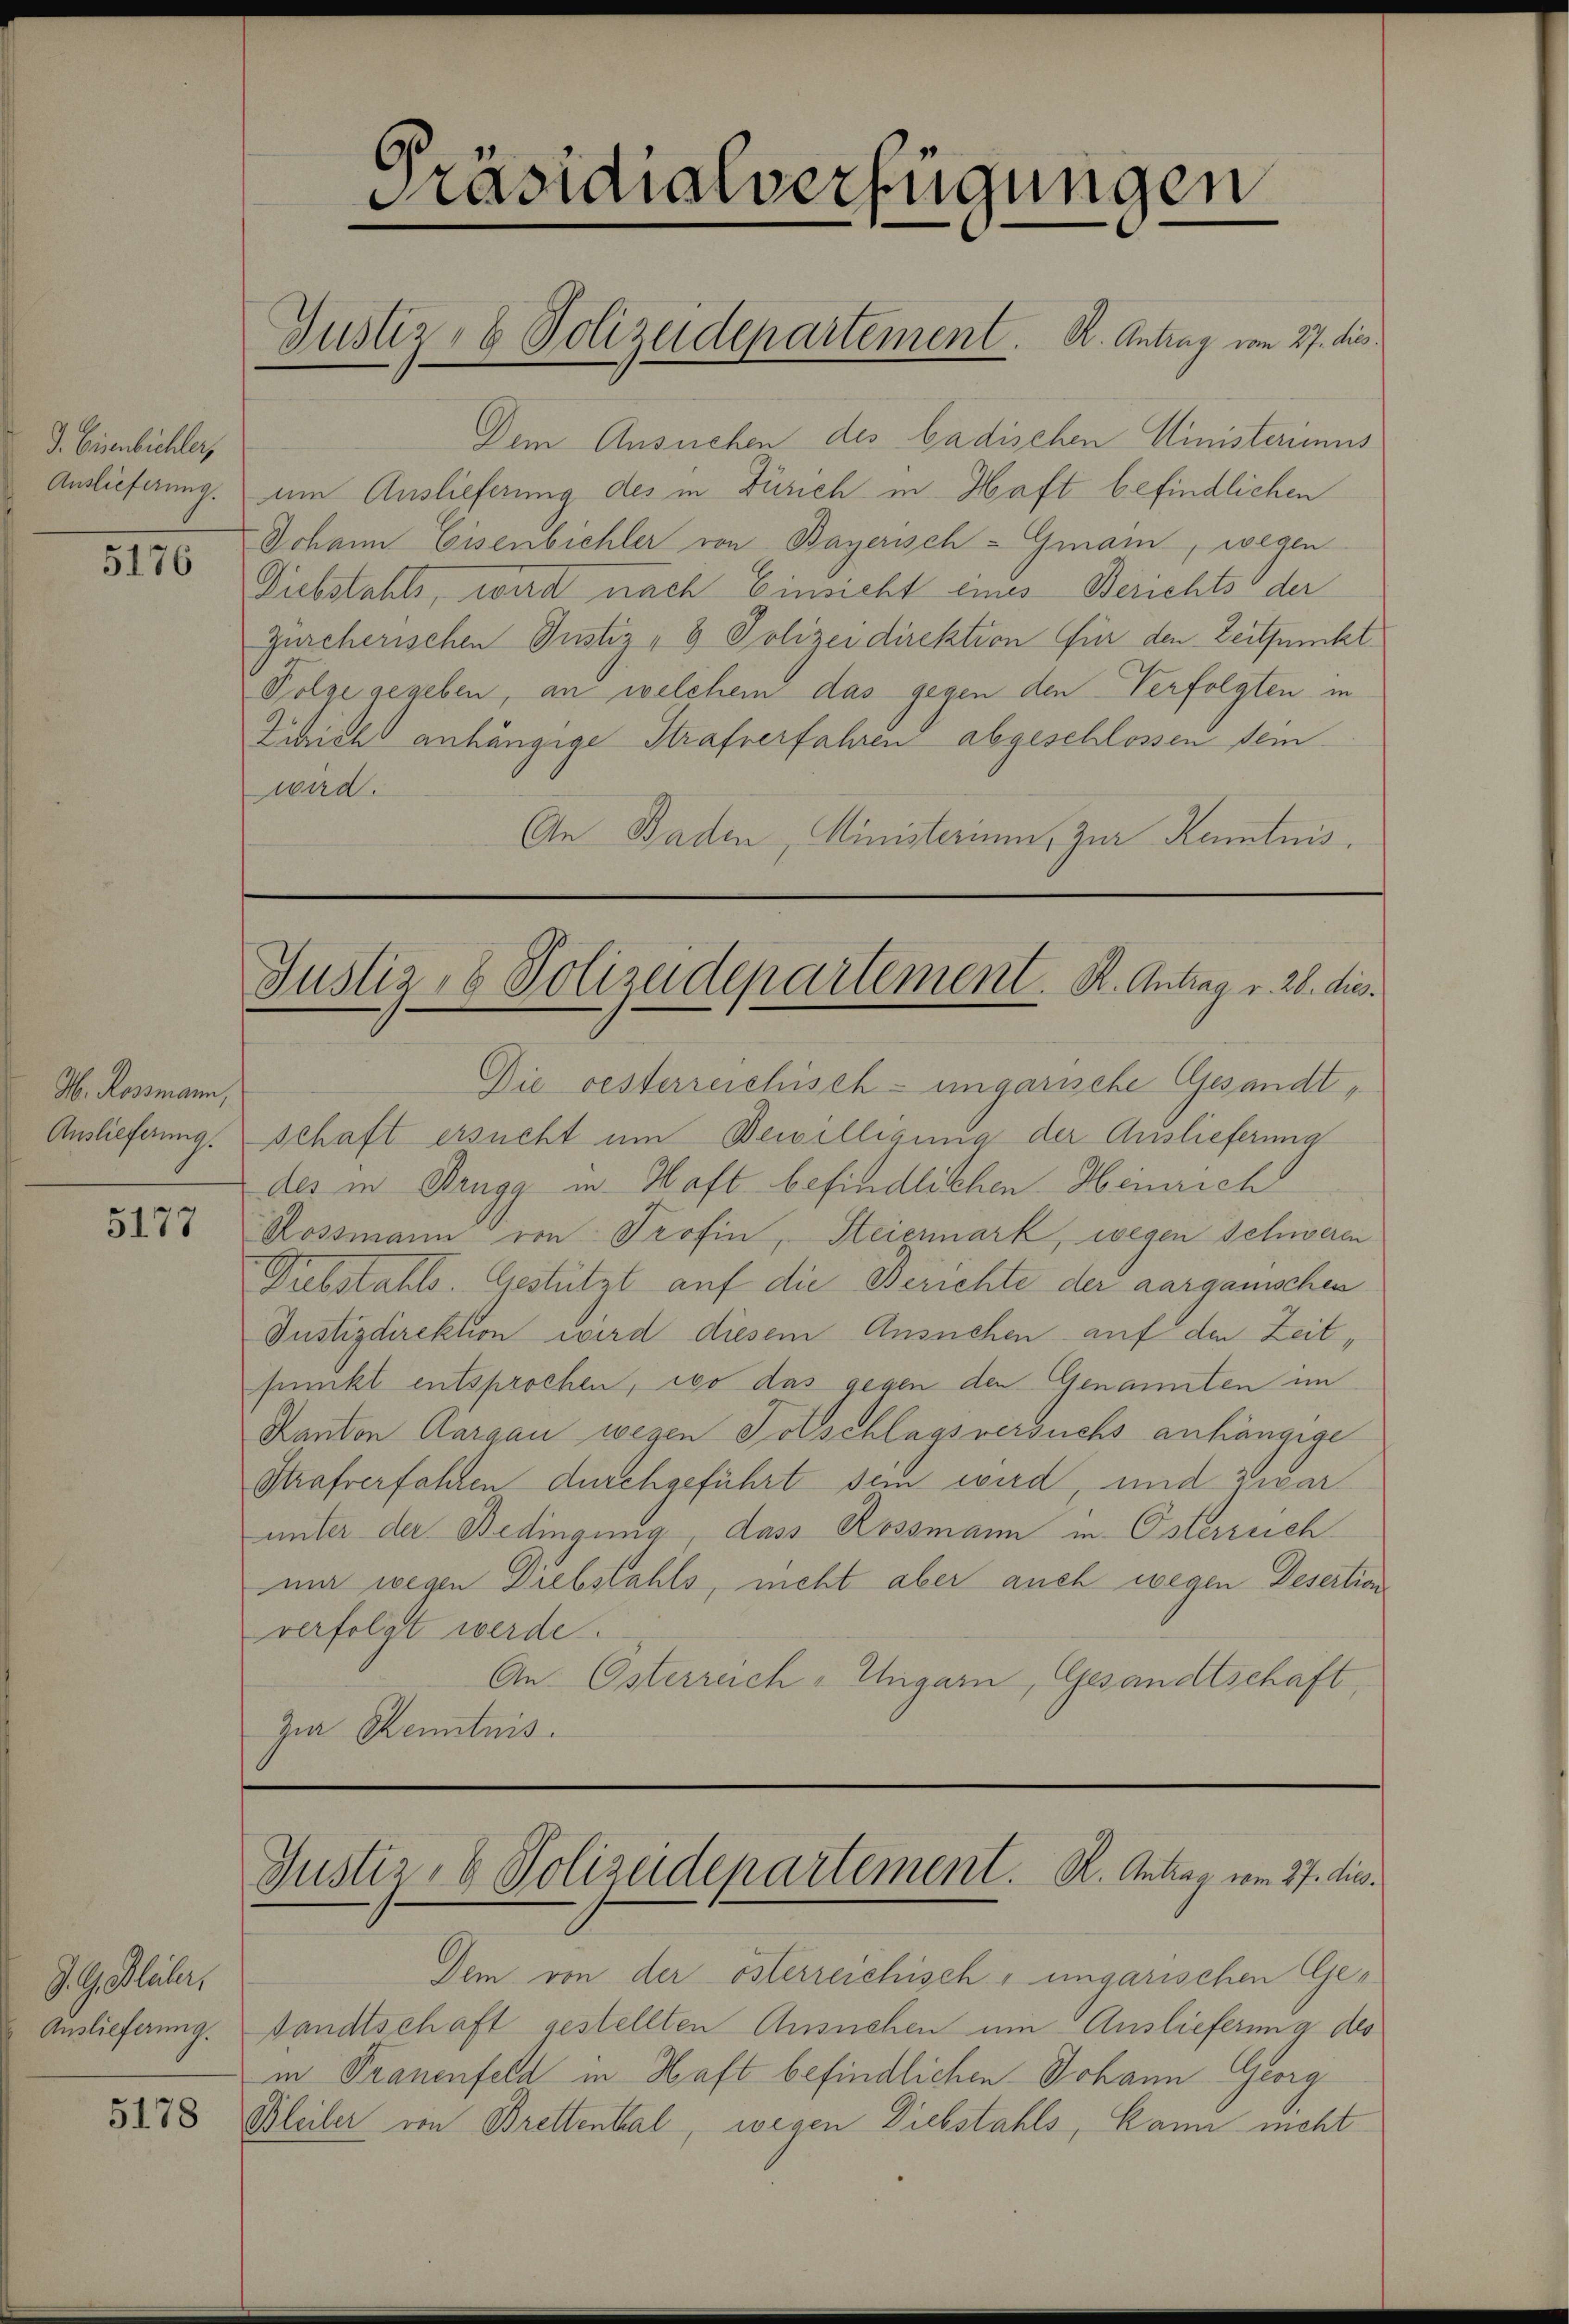
J. Eisenbichler,
Auslieferung.

5176

H. Rossmann,

5177

J. G. Blüter,
Auslieferung.

Präsidialverfügungen
Justiz- & Polizeidepartement. K. Antrag vom 27. dies

Dem Ansuchen des badischen Ministerimus
um Auslieferung des in Zürich in Haft befindlichen
Johann Eisenbichler von Bayerisch-Grain, wegen
Diebstahls, wird nach Einsicht eines Berichts der
Zürcherischen Justiz- & Polizeidirektion für den Zeitpunkt
Folge gegeben, an welchem das gegen den Verfolgten in
Zihrich anhängige Strafverfahren abgeschlossen sein.
wird.
An Baden, Ministerium, zur Kenntnis.

Die oesterreichisch-ungarische Gesandt¬
Auslieferung. Schaft ersucht um Bewilligung der Auslieferung
des in Brugg in Haft befindlichen Heinrich
Rossmann von Profin, Steiermark, wegen Schweren
Diebstahls. Gestützt auf die Berichte der aarganischen
Justizdirektion wird diesem Ansuchen auf den Zeitpunkt entsprochen, wo das gegen den Genannten im
Kanton Aargau wegen Tolschlagsversuchs anhängige
Strafverfahren durchgeführt sein wird und zwar
unter der Bedingung, dass Rossmann in Österreich
m wegen Diebstahls, nicht aber auch wegen Desertian
verfolgt werde.
An Osterreich-Ungarn, Gesandtschaft,
Zur Kenntnis.

Justiz- & Polizeidepartement. K. Antrag v. 28. dies

Justiz- & Polizeidepartement. R. Antrag vom 27. dies¬

Dem von der österreichisch - ungarischen Gesandtschaft gestellten Ansuchen ein Auslieferung des
in Trauenfeld in Haft befindlichen Johann Georg
XX 18 Bleiber von Brettenthal, wegen Diebstahls, kann nicht